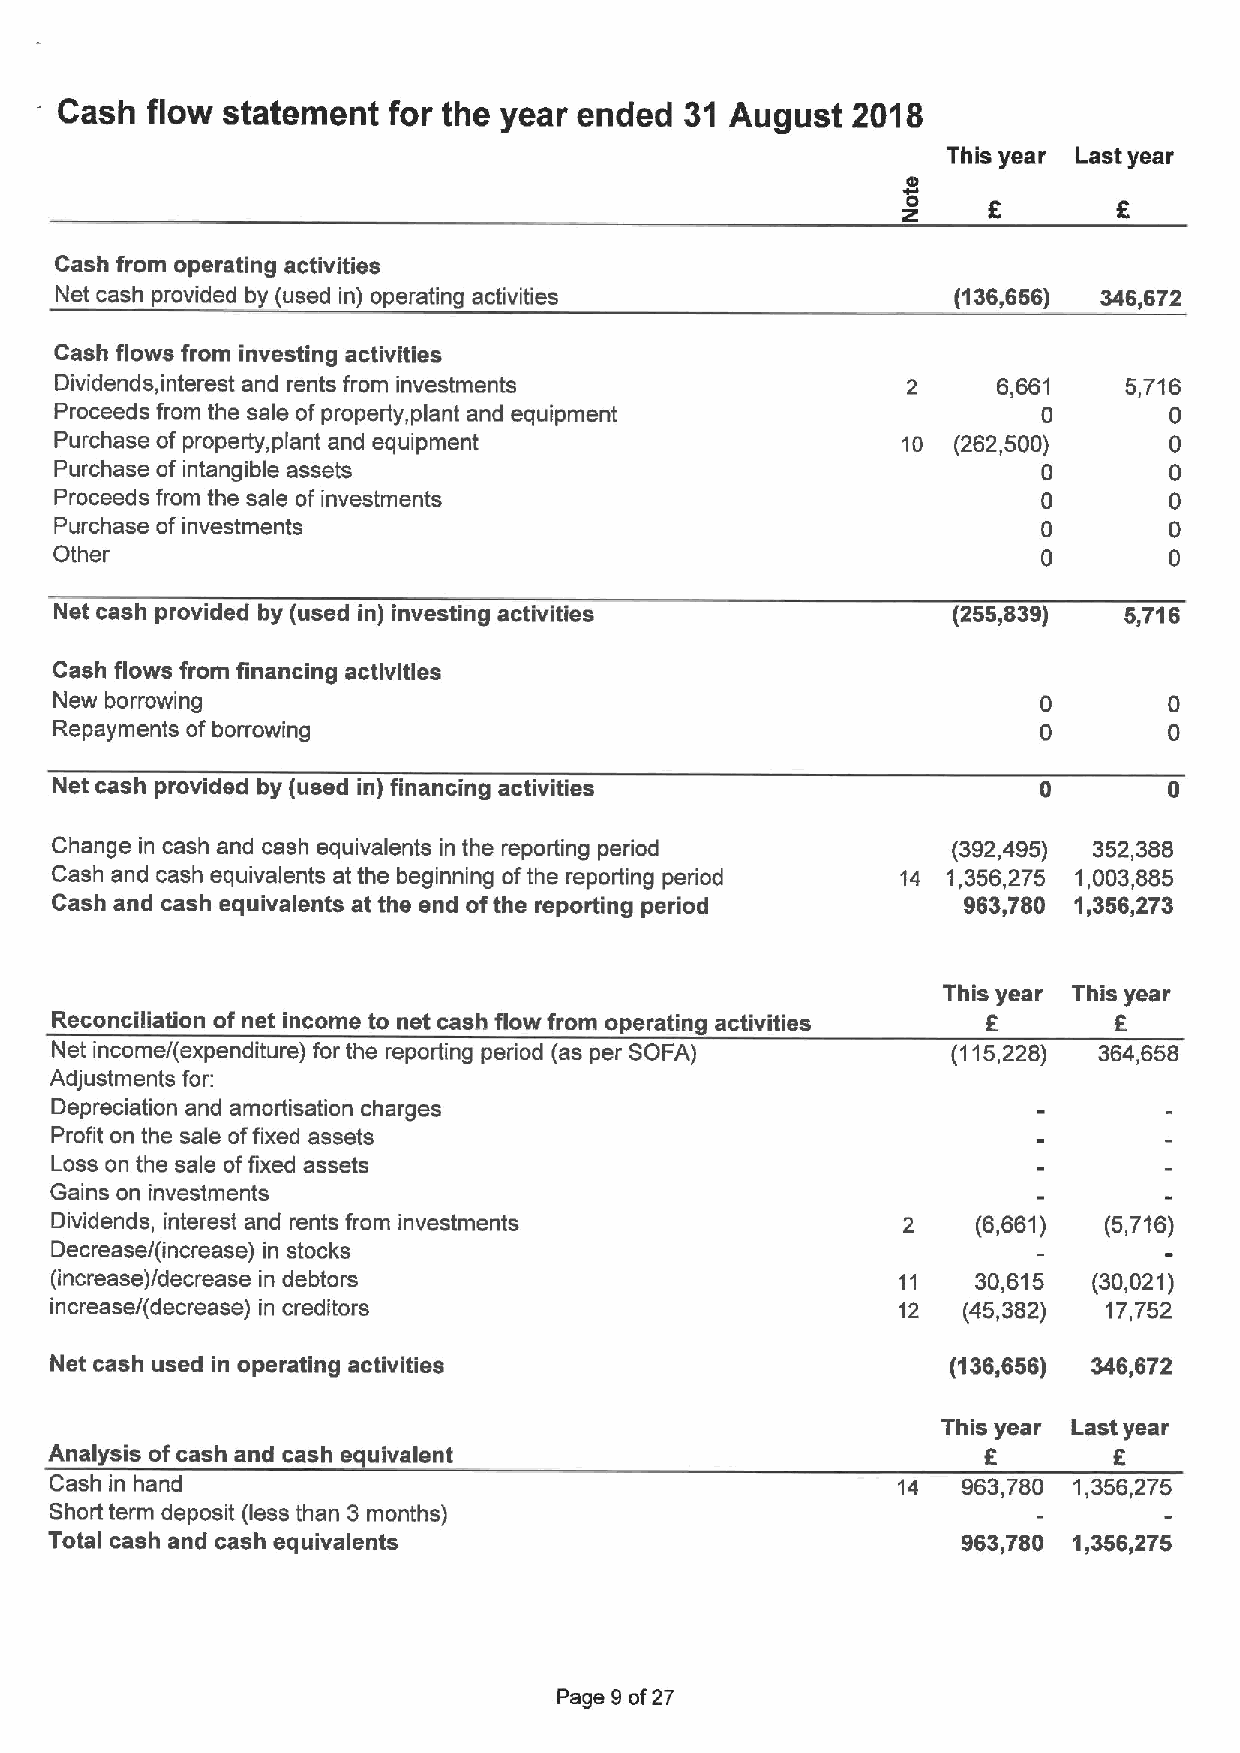
Cash  flow statement  for the year ended 31 August  2018
 This year Last year
 0
 Cash from operating activities
 Net cash provided by (used in) operating activities        (136,656) 346,672
 Cash flows from investing activities
 Dividends, interest and rents from investments          2     8,661   5,716
 Proceeds from the sale ofproperty, plant and equipment           0       0
 Purchase of property, plant and equipment               10 (262,500)     0
 Purchase of intangible assets                                    0       0
 Proceeds from the sale of investments                            0       0
 Purchase of investments                                          0       0
 Other                                                            0       0
 Net cash provided by (used in) investing activities        (255,839)  5,716
 Cash flows from financing activities
 New borrowing
 Repayments ofborrowing
 Net cash provided by (used in) financing activities               0       0
 Change in cash and cash equivalents in the reporting period (392,495) 352,388
 Cash and cash equivalents at the beginning ofthe reporting period 14 1,358,275 1,003,885
 Cash and cash equivalents at the end ofthe reporting period  963,780 1,356,273
 This year This year
 Reconciliation of net income to net cash flow from operating activities E 6
 Net income/(expenditure) for the reporting period (as per SOFA) (115,228) 364,658
 Adjustments for:
 Depreciation and amortisation charges
 Profit on the sale offixed assets
 Loss on the sale offixed assets
 Gains on investments
 Dividends, interest and rents from investments                (6,661) (5,716)
 Decrease/(increase) in stocks
 (increase)/decrease in debtors                          11    30,615 (30,021)
 increase/(decrease) in creditors                        12   (45,382) 17,752
 Net cash used in operating activities                       (136,656) 346,672
 This year Last year
 f
 Analysis ofcash and cash equivalent                                    5
 Cash in hand                                            14   963,780 1,356,275
 Short term deposit (less than 3 months)
 Total cash and cash equivalents                              963,780 1,356,275
 Page 9of27